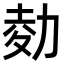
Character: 𠡭